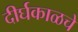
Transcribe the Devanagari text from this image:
दीर्घकाळचे